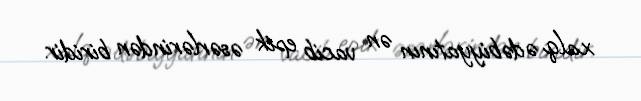
xalq ədəbiyyatının ən vacib epik əsərlərindən biridir.